King Institute of Preventive Medicine Micro-Biological Section reports 1909-11
Year: 1909
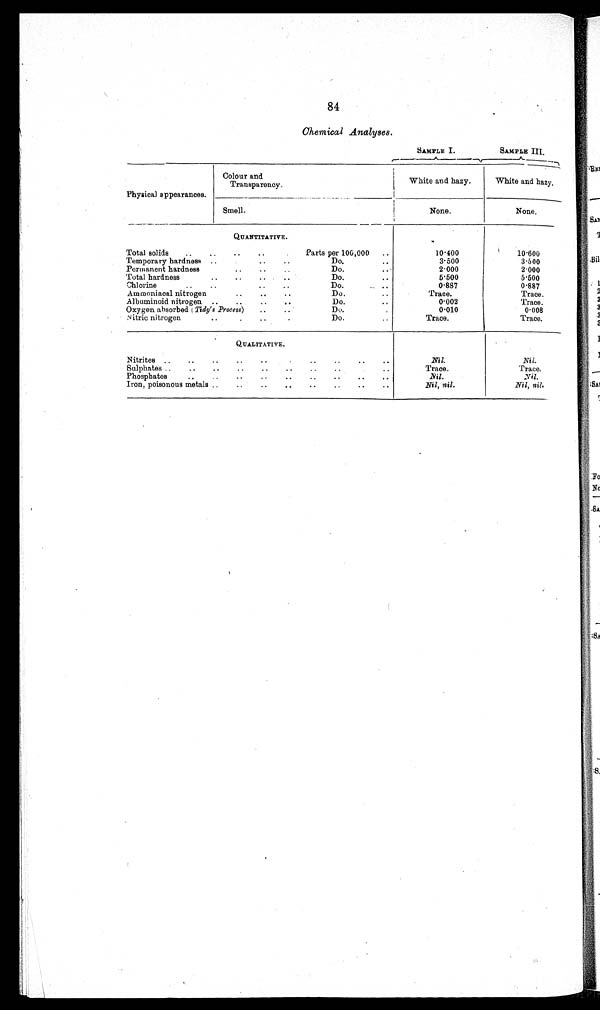
84
Chemical Analyses
SAMPLE I.
SAMPLE III.
Physical appearances.
C o l o u r a n d
T r a n s p a r e n c y .
White and hazy.
White and hazy.
Smell.
None.
None.
Total
solids
10·400
1 0 · 6 0 0
Temporary hardness
3·500
3 · 5 0 0
Permanent hardness
2·000
2 · 0 0 0
Total hardness
5·500
5 · 5 0 0
Chlorine
0·887
0 · 8 8 7
Ammoniacal nitrogen
T r a c e .
Trace.
Albuminoid nitrogen
0·002
Trace.
Oxygen absorbed
0·010
0·008
Nitric nitrogen
Trace.
Trace.
QUALITATIVE.
Nitrities
Nil.
Nil.
Sulphates
Trace.
Trace.
Phosphates
N i l
Nil .
Iron, poisonous metals
Nil, nil.
Nil, nil.